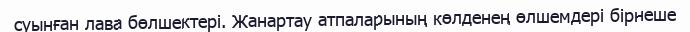
суынған лава бөлшектері. Жанартау атпаларының көлденең өлшемдері бірнеше